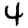
Digit: 4